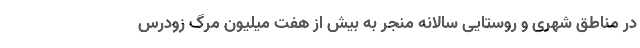
در مناطق شهری و روستایی سالانه منجر به بیش از هفت میلیون مرگ زودرس